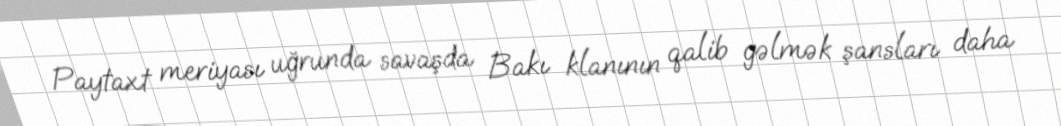
Paytaxt meriyası uğrunda savaşda Bakı klanının qalib gəlmək şansları daha